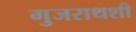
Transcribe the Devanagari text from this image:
गुजराथशी